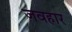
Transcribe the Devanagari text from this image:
जवहार